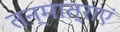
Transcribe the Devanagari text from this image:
तन्मात्राएं